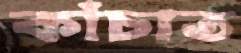
কাঁচাত